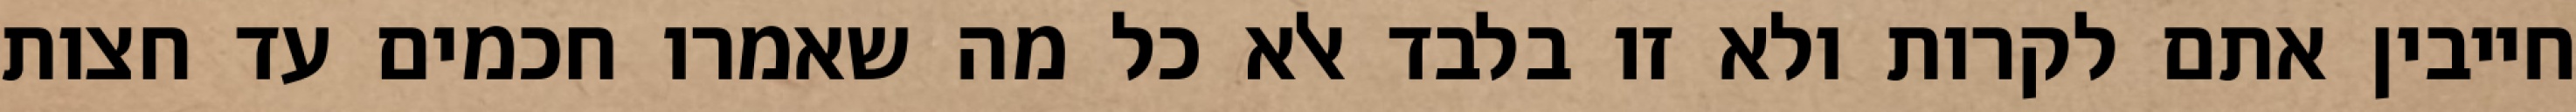
חייבין אתם לקרות ולא זו בלבד אלא כל מה שאמרו חכמים עד חצות